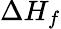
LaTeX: \Delta H_{f}